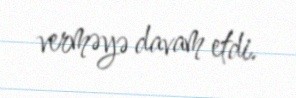
verməyə davam etdi.